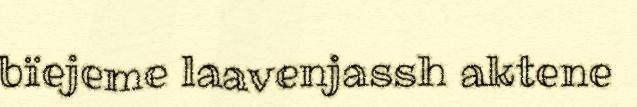
bïejeme laavenjassh aktene